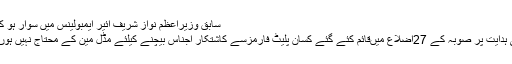
سابق وزیراعظم نواز شریف ائیر ایمبولینس میں سوار ہو کر لندن روانہ ہو گئے
وزیر اعلی پنجاب کی ہدایت پر صوبہ کے 27اضلاع میںقائم کئے گئے کسان پلیٹ فارمزسے کاشتکار اجناس بیچنے کیلئے مڈل مین کے محتاج نہیں ہوں گے ،زرعی ماہرین